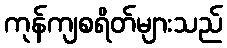
ကုန်ကျစရိတ်များသည်